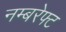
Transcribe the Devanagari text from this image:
नम्बरेफ्ट